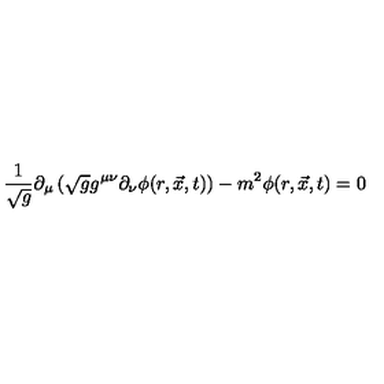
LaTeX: \frac { 1 } { \sqrt { g } } \partial _ { \mu } \left( \sqrt { g } g ^ { \mu \nu } \partial _ { \nu } \phi ( r , \vec { x } , t ) \right) - m ^ { 2 } \phi ( r , \vec { x } , t ) = 0